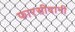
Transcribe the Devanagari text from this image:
फारसीदानी